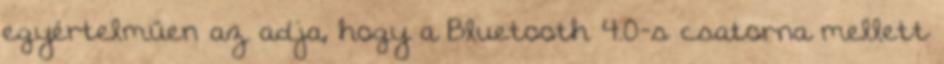
egyértelműen az adja, hogy a Bluetooth 4.0-s csatorna mellett